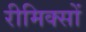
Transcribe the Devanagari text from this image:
रीमिक्सों